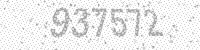
Solution: 937572